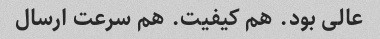
عالی بود. هم کیفیت. هم سرعت ارسال